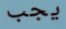
يجب